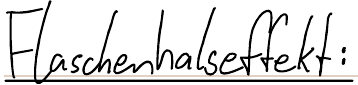
Flaschenhalseffekt: